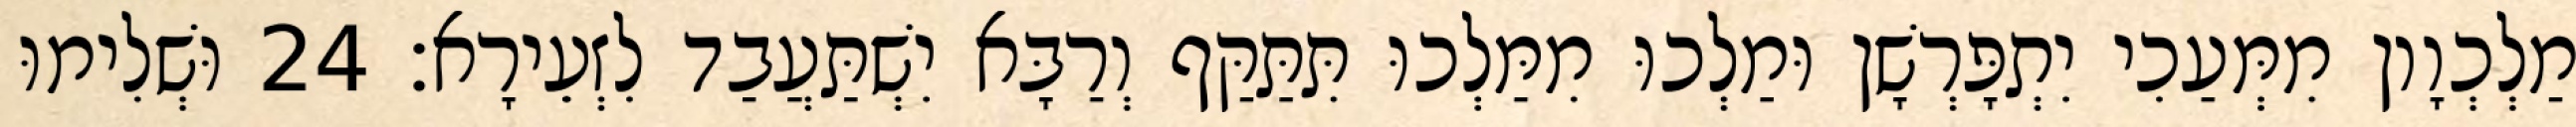
מַלְכְוָון מִמְּעַכִי יִתְפָּרְשָׁן וּמַלְכוּ מִמַּלְכוּ תִּתַּקַּף וְרַבָּא יִשְׁתַּעֲבַד לִזְעֵירָא׃ 24 וּשְׁלִימוּ